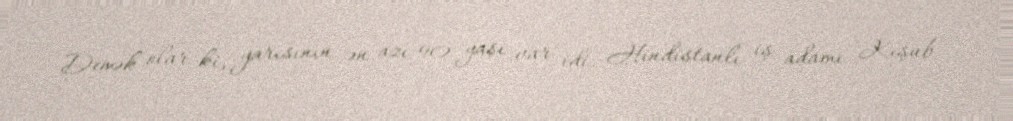
Demək olar ki, yarısının ən azı 90 yaşı var idi. Hindistanlı iş adamı Keşub